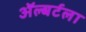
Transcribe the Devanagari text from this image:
ॲल्बर्टला